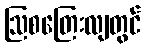
ဩစတြေးလျတွင်